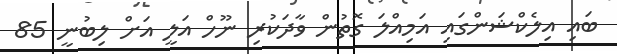
ބައި އިލެކްޝަންގައި އަމިއްލަ ގޮތުން ވާދަކުރި ނޫހް އަލީ އަށް ލިބުނީ 85